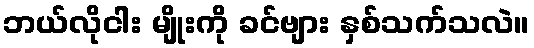
ဘယ်လိုငါး မျိုးကို ခင်ဗျား နှစ်သက်သလဲ။